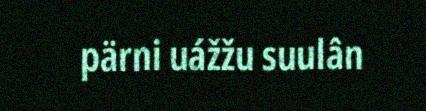
pärni uážžu suulân